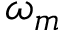
\omega _ { m }